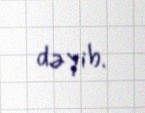
dəyib.